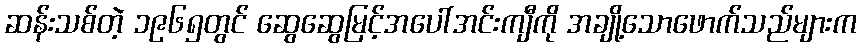
ဆန်းသစ်တဲ့ ၁၉၆၅တွင် ဆွေဆွေမြင့်အပေါ်အင်းကျီကို အချို့သောဖောက်သည်များက